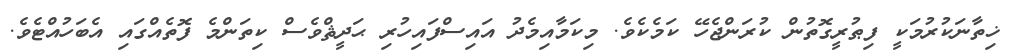
ޚިތާނަކުރުމަކީ ފިޠުރީގޮތުން ކުރަންޖެހޭ ކަމެކެވެ. މިކަމާއިމެދު އައިސްފައިހުރި ޙަދީޘްވެސް ކިތަންމެ ފޮތެއްގައި އެބަހުއްޓެވެ.